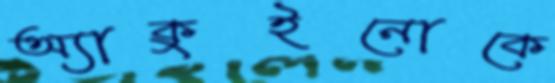
অ্যাকুইনোকে